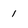
Character: 1